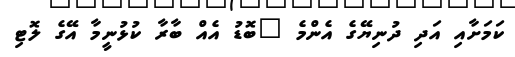
ކަމަށާއި އަދި ދުނިޔޭގެ އެންމެ "ބޮޑު އެއް ބާރާ ކުޅުނީމާ އޭގެ ލޮޓި